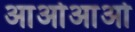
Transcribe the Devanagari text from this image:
आओआओ